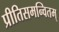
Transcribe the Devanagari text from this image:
प्रीतिसमन्वितम्